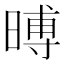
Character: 㬍